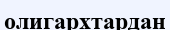
олигархтардан